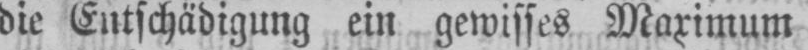
die Entschädigung ein gewisses Maximum